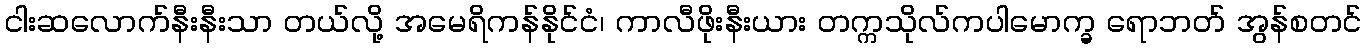
ငါးဆလောက်နီးနီးသာ တယ်လို့ အမေရိကန်နိုင်ငံ၊ ကာလီဖိုးနီးယား တက္ကသိုလ်ကပါမောက္ခ ရောဘတ် အွန်စတင်